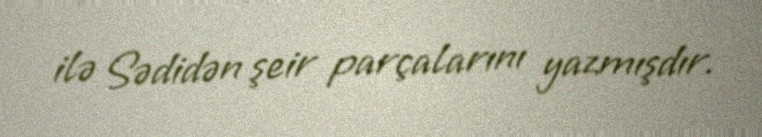
ilə Sədidən şeir parçalarını yazmışdır.